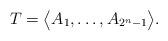
LaTeX: \begin{align*}T=\big<A_1, \ldots, A_{2^n-1}\big>.\end{align*}